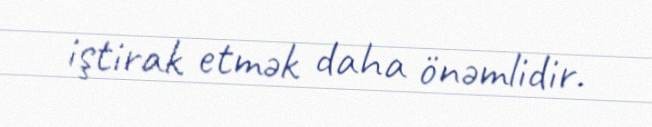
iştirak etmək daha önəmlidir.